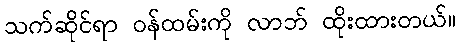
သက်ဆိုင်ရာ ဝန်ထမ်းကို လာဘ် ထိုးထားတယ်။